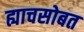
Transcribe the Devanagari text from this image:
ह्याचसोबत